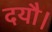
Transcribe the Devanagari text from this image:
दयौ।